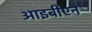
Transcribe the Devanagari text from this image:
आइबीएन